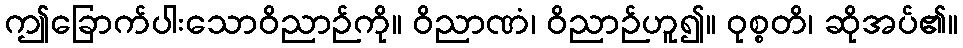
ဤခြောက်ပါးသောဝိညာဉ်ကို။ ဝိညာဏံ၊ ဝိညာဉ်ဟူ၍။ ဝုစ္စတိ၊ ဆိုအပ်၏။